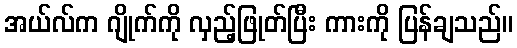
အယ်လ်က ဂျိုက်ကို လှည့်ဖြုတ်ပြီး ကားကို ပြန်ချသည်။